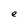
Character: e